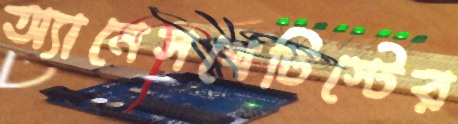
অ্যানেসথেটিস্টের